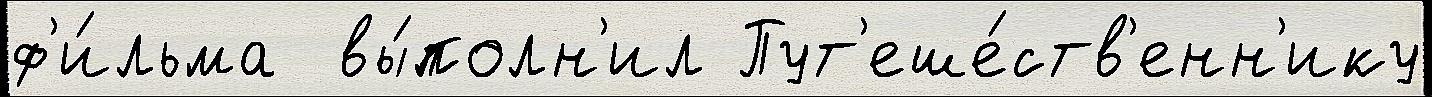
ф'и́льма  вы́полн'ил Пут'еше́ств'енн'ику